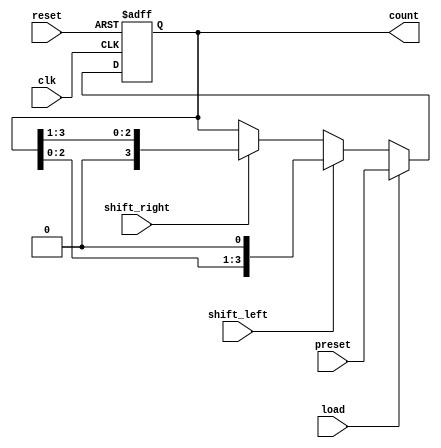
module async_shift_counter (
    input wire clk,           // Clock signal
    input wire reset,         // Asynchronous reset
    input wire load,          // Load control
    input wire [3:0] preset,  // Preset value for loading
    input wire shift_left,    // Shift left control
    input wire shift_right,   // Shift right control
    output reg [3:0] count    // 4-bit counter output
);

    always @(posedge clk or posedge reset) begin
        if (reset) begin
            count <= 4'b0000;  // Reset the counter to 0
        end else if (load) begin
            count <= preset;    // Load the preset value
        end else if (shift_left) begin
            count <= {count[2:0], 1'b0}; // Shift left and introduce 0 at LSB
        end else if (shift_right) begin
            count <= {1'b0, count[3:1]}; // Shift right and introduce 0 at MSB
        end
    end

endmodule